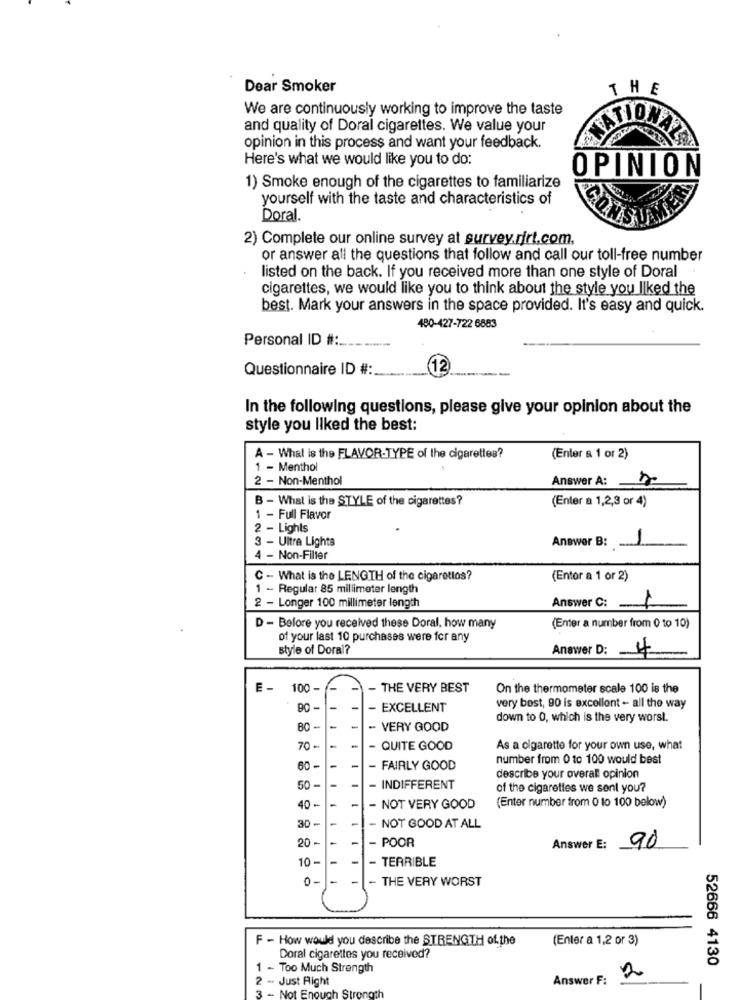
Dear Smoker
THE
We are continuously working to improve the taste
and quality of Doral cigarettes. We value your
NATIONA
opinion in this process and want your feedback.
Here's what we would like you to do:
OPINION
1) Smoke enough of the cigarettes to familiarize
yourself with the taste and characteristics of
Doral.
2) Complete our online survey at survey.rirt.com,
or answer all the questions that follow and call our toll-free number
listed on the back. If you received more than one style of Doral
cigarettes, we would like you to think about the style you liked the
best. Mark your answers in the space provided. It's easy and quick.
480-427-722 6883
Personal ID # :.
Questionnaire ID #:
12
In the following questions, please give your opinion about the
style you liked the best:
A - Whal is the FLAVOR-TYPE of the cigarettes?
(Enter a 1 or 2)
1 - Menthol
2 - Non-Menthol
Answer A: 57
B - What is the STYLE of the cigarettes?
(Enter a 1,2,3 or 4)
1 - Full Flavor
2 - Lights
3 - Ultra Lights
Answer B:
4 - Non-Filter
C - What is the LENGTH of the cigaretlos?
(Entor a 1 or 2)
1 - Regular 85 millimeter length
2 - Longer 100 millimeter length
Answer C :-
D - Before you received these Doral, how many
(Enter a number from 0 to 10)
of your last 10 purchases were for any
style of Doral?
Answer D: 4
E-
100 -
- THE VERY BEST
On the thermometer scale 100 is the
-
- EXCELLENT
very best, 90 is excellent - all the way
down to 0, which is the very worst.
80 -
-
- VERY GOOD
70-
- QUITE GOOD
As a olgarette for your own use, what
number from 0 to 100 would best
60 -
FAIRLY GOOD
describe your overall opinion
50 -
- INDIFFERENT
of the cigarettes we sent you?
40 -
NOT VERY GOOD
(Enter number from 0 to 100 below)
30 -
- NOT GOOD AT ALL
20 -
-
POOR
Answer E: 90
10 -
-
TERRIBLE
0
-
THE VERY WORST
F - How would you describe the STRENGTH of.the
(Enter a 1,2 or 3)
Doral cigarettes you received?
52666 4130
1 - Too Much Strength
2 - Just Right
Answer F:
2
3 - Not Enough Strongth
-